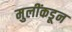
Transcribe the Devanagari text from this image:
मुलींकडून